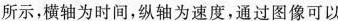
所示，横轴为时间，纵轴为速度，通过图像可以